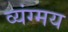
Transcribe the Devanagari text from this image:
व्यंग्मय